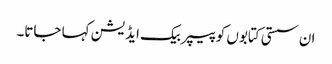
ان سستی کتابوں کو پیپر بیک ایڈیشن کہا جاتا۔